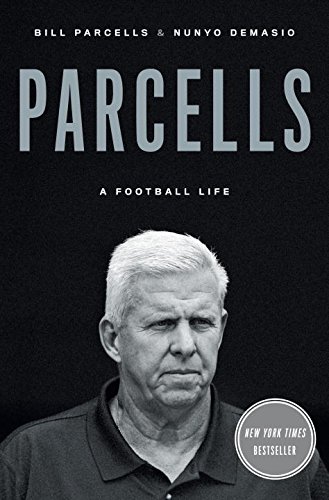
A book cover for Parcells: A Football Life; Bill Parcells; Biographies & Memoirs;